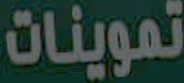
تموينات